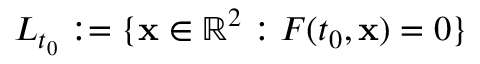
L _ { t _ { 0 } } : = \{ { \mathbf { x } } \in \mathbb { R } ^ { 2 } : F ( t _ { 0 } , { \mathbf { x } } ) = 0 \}